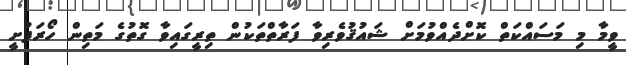
ވީމާ މި މަސައްކަތް ކޮށްދެއްވުމަށް ޝައުޤުވެރިވާ ފަރާތްތަކުން ތިރީގައިވާ ގޮތުގެ މަތިން ހޯރަފުށީ